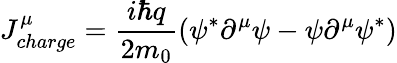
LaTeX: J_{charge}^{\mu}={\frac{i\hbar q}{2m_{0}}}(\psi^{*}\partial^{\mu}\psi-\psi\partial^{\mu}\psi^{*})